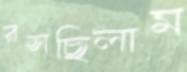
রসছিলাম